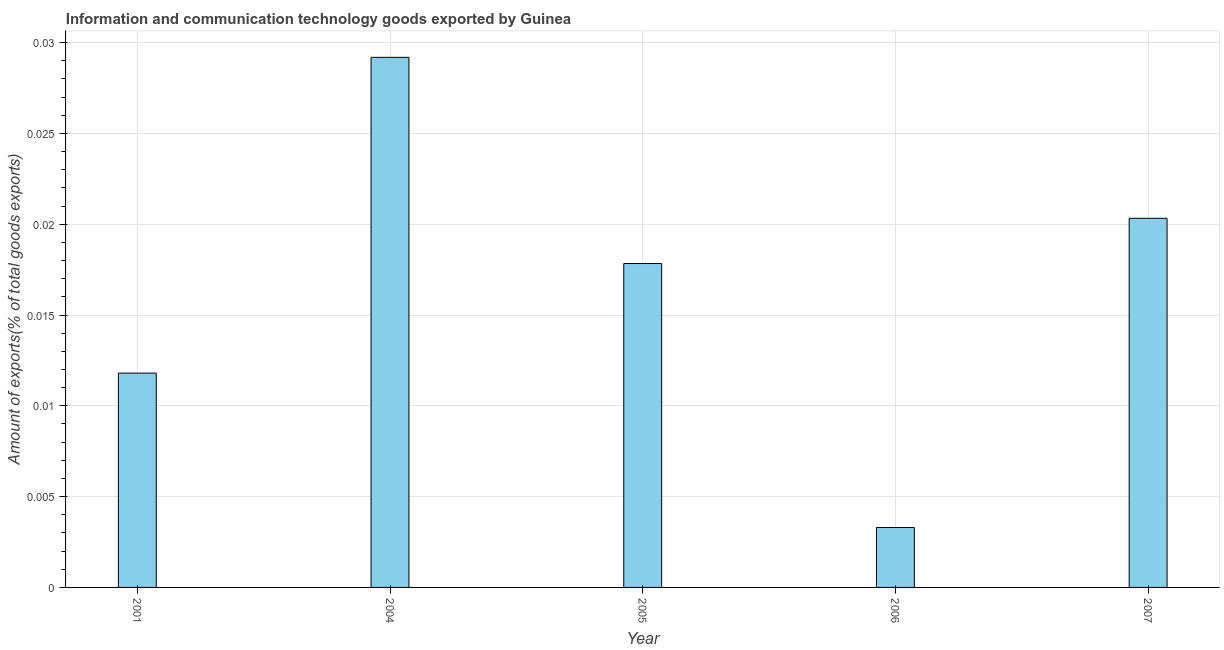
| Year | ICT goods exports |
 | --- | --- |
 | 2001 | 0.0118 |
 | 2004 | 0.0292 |
 | 2005 | 0.0178 |
 | 2006 | 0.0033 |
 | 2007 | 0.0203 |